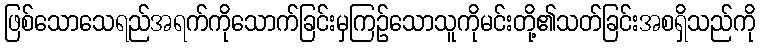
ဖြစ်သောသေရည်အရက်ကိုသောက်ခြင်းမှကြဉ်သောသူကိုမင်းတို့၏သတ်ခြင်းအစရှိသည်ကို